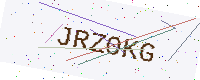
Text: JRZ0KG